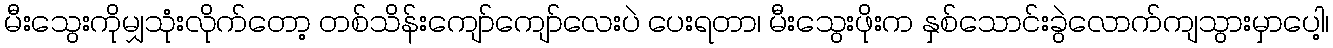
မီးသွေးကိုမျှသုံးလိုက်တော့ တစ်သိန်းကျော်ကျော်လေးပဲ ပေးရတာ၊ မီးသွေးဖိုးက နှစ်သောင်းခွဲလောက်ကျသွားမှာပေါ့၊